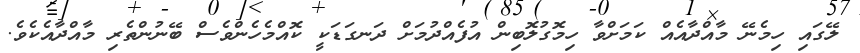
ލޭގައި ހިމެނޭ މާއްދާއެއް ކަމަށްވާ ހިމޮގުލޮބިން އުފެއްދުމަށް ދަނގަޑަކީ ކޮއްމެހެންވެސް ބޭނުންތެރި މާއްދާއެކެވެ.